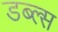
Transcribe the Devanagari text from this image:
डब्ल्स